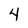
Character: 4